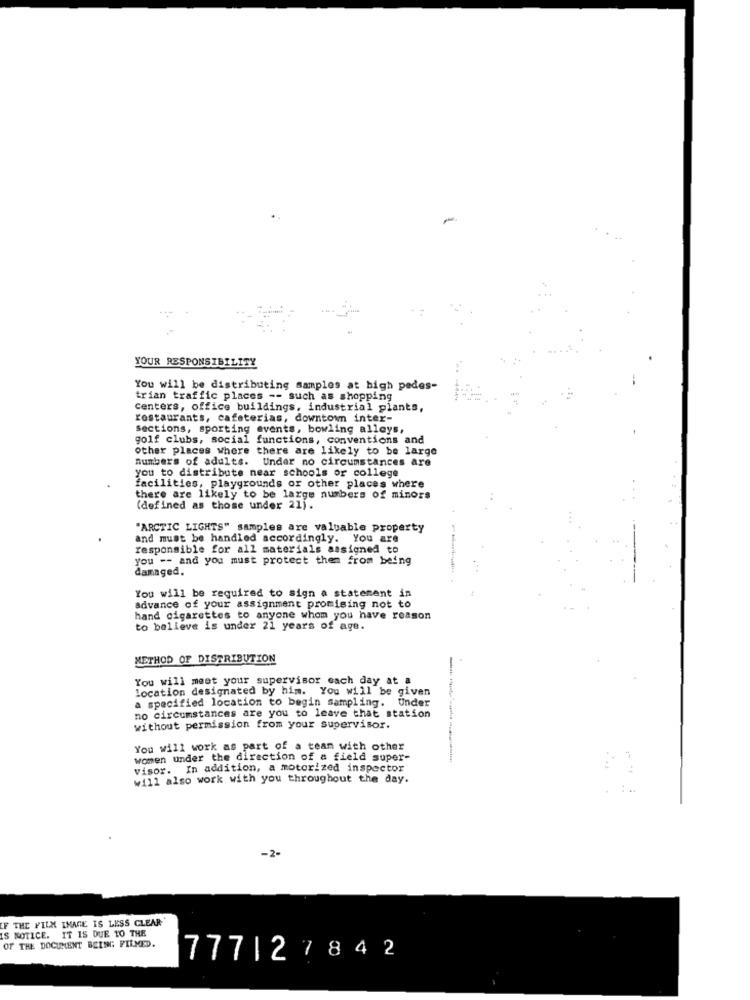
YOUR RESPONSIBILITY
You will be distributing samples at high pedes-
trian traffic places -- such as shopping
Centers, office buildings, industrial plants,
restaurants, cafeterias, downtown inter-
Sections, sporting events, bowling alleys,
golf clubs, social functions, conventions and
other places where there are likely to be large
numbers of adults. Under no circumstances are
you to distribute near schools or college
facilities, playgrounds or other places where
there are likely to be large numbers of minors
(defined as those under 21).
"ARCTIC LIGHTS" samples are valuable property
and must be handled accordingly. You are
responsible for all materials assigned to
you -- and you must protect them from being
damaged.
You will be required to sign a statement in
advance of your assignment promising not to
hand cigarettes to anyone whom you have reason
to believe is under 21 years of age.
METHOD OF DISTRIBUTION
You will meet your supervisor each day at a
location designated by him. You will be given
a specified location to begin sampling. Under
no circumstances are you to leave that station
without permission from your supervisor.
You will work as part of a team with other
women under the direction of a field super-
visor. In addition, a motorized inspector
will also work with you throughout the day.
-2-
IF THE FILM IMAGE IS LESS CLEAR
IS NOTICE. IT IS DUE 10 THE
OF THE DOCUMENT BEING FILMED.
777127842